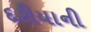
દરીયાની